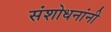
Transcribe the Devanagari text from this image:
संशोधनांनी